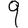
Digit: 9